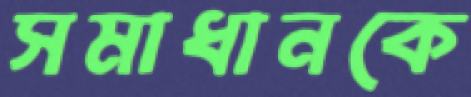
সমাধানকে